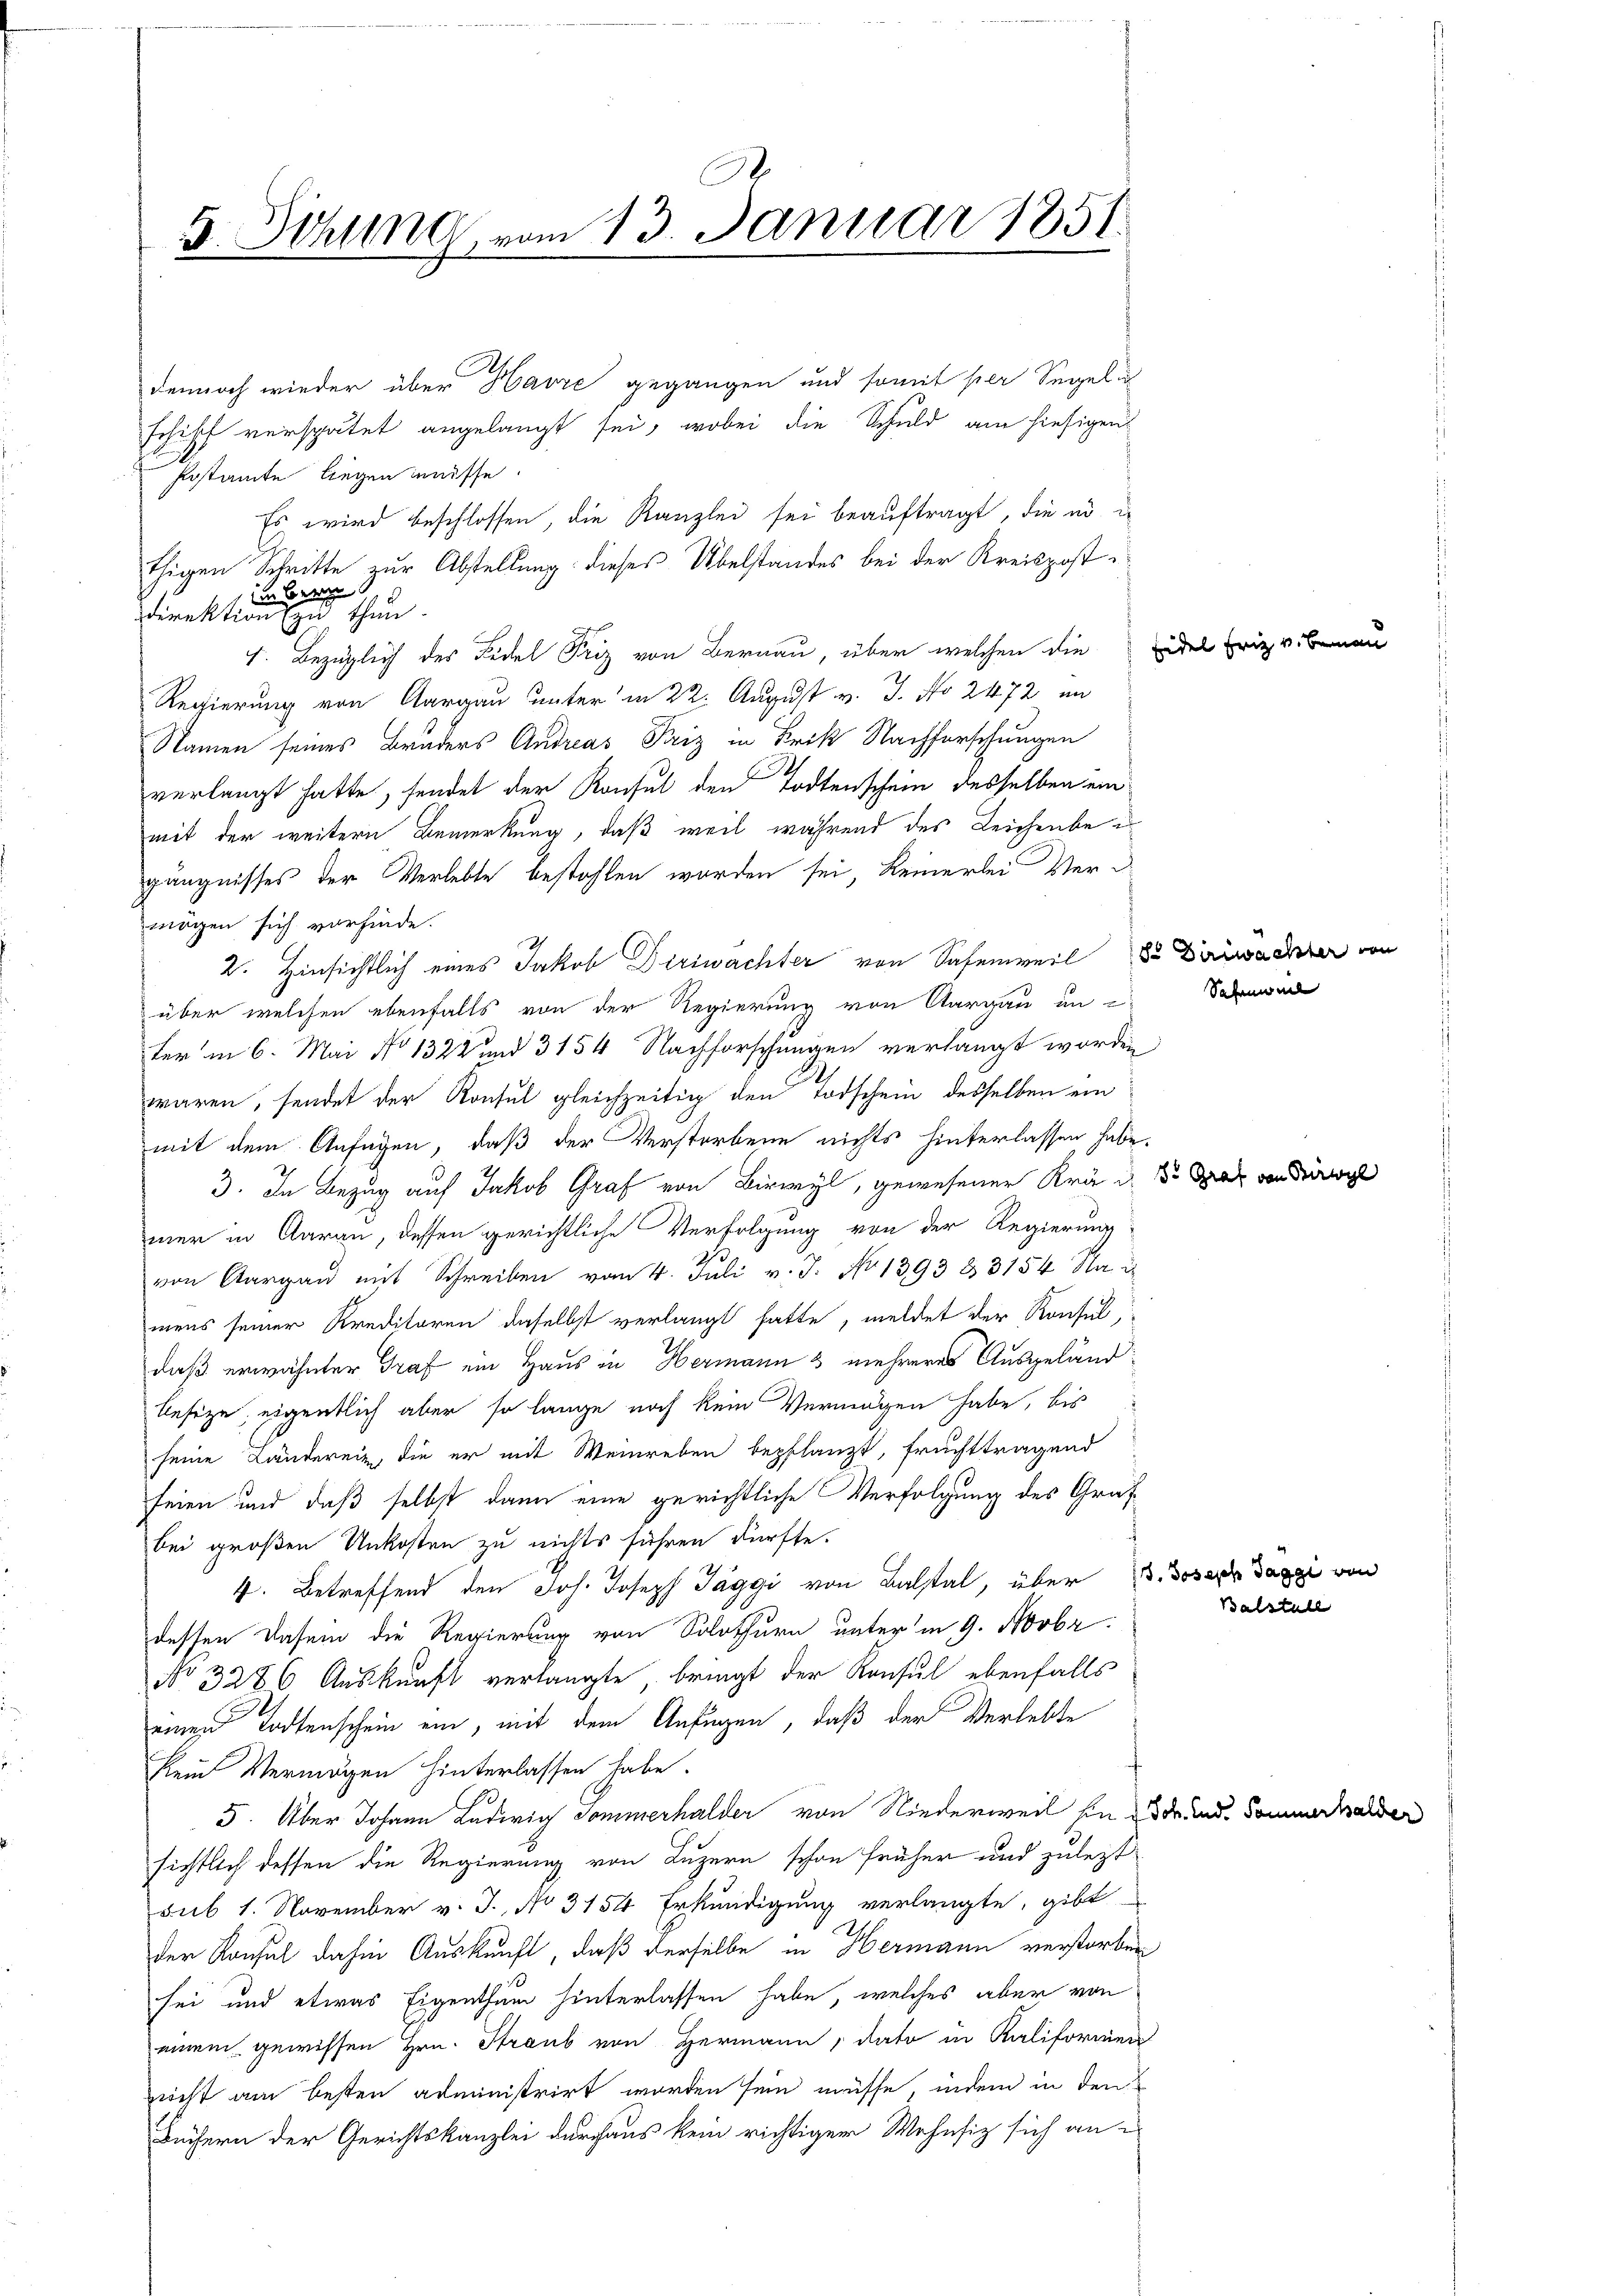
C
5. Sitzung vom 13. Januar 1851.

dennoch wieder über Havre gegangen und somit per Segel i
schiff verspätet angelangt sei, wobei die Schuld am hiesigen
sestamte liegen müsse.
Es wird beschlossen, die Kanzlei sei beauftragt, die es i
thigen Schritte zur Abstellung dieses Übelstandes bei der Kreispost¬
1 in Bern
direktion zu thun.
4. Bezüglich des Fidel Friz von Bernau, über welchen die
Regierung von Aargau unter in 22. August v. J. No 2472 im
Namen seines Bruders Andreas Friz in Frik Nachforschungen
verlangt hatte, sendet der Konsul den Todtenschein desselben ein
mit der weitern Bemerkung, daß weil während des Leichenbei
gängnisses der Verlebte bestohlen worden sei, keinerlei Vermögen sich vorfinde.
2. Hinsichtlich eines Jakob Diriwachter von Safenweil Du Diwader von
über welchen ebenfalls von der Regierung von Aargau in
ter in 6. Mai No 1322 und 3154 Nachforschungen verlangt worden,
waren, sendet der Konsul gleichzeitig den Todschein desselben ein
mit dem Anfügen, daß der Verstorbene nichts hinterlassen habe.
3. In Bezug auf Jakob Graf von Birwyl, gewesener Krä
mer in Aarau, dessen gerichtliche Verfolgung von der Regierung
2
von Aargau mit Schreiben vom 4. Juli v. J. No 1393 83154 Nau
mens seiner Kreditoren daselbst verlangt hatte, meldet der Konsul
daß erwähnter Graf ein Haus in Hermann & mehreres Ausgelandbeseze, eigentlich aber so lange noch kein Vermögen habe, bis
seine Ländereiz die er mit Weinreben bepflanzt, fruchttragend
seien und daß selbst dann eine gerichtliche Verfolgung des Grafbei großen Unkosten zu nichts führen dürfte.
4. Betreffend den Joh. Joseph Taggi von Balstal, über d. Joseph Taxe von
dessen Dasei die Regierung von Solothurn unter in 9. Novbr:
No 3286 Auskunft verlangte, bringt der Konsul ebenfalls
seinen Todtenschein ein, mit dem Anfügen, daß der Verlebte
Rein Vermögen hinterlassen habe.
5. Über Johann Ludwig Sommerhalder von Niederweil hin der und Vor
sichtlich dessen die Regierung von Luzern schon früher und zulezt
sub 1. November v. J., No 3154 Erkundigung verlangte, gibt
der Konsul diesen Auskunft, daß derselbe in Hermann verstorben
sei und etwas Eigenthum hinterlassen habe, welches aber von
einem gewissen Hrn. Straub von Hermann, dato in Kaliformen
nicht am besten administrirt worden sein müsse, indem in den
Büchern der Gerichtskanzlei durchaus kein richtiger Wohnsiz sich an

Eidel Friz v. B

Safewal

8o Graf von Birwyl

Balstule

erhalden